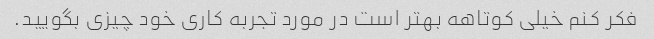
فکر کنم خیلی کوتاهه بهتر است در مورد تجربه کاری خود چیزی بگویید.